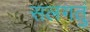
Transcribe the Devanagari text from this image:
सलगतुं